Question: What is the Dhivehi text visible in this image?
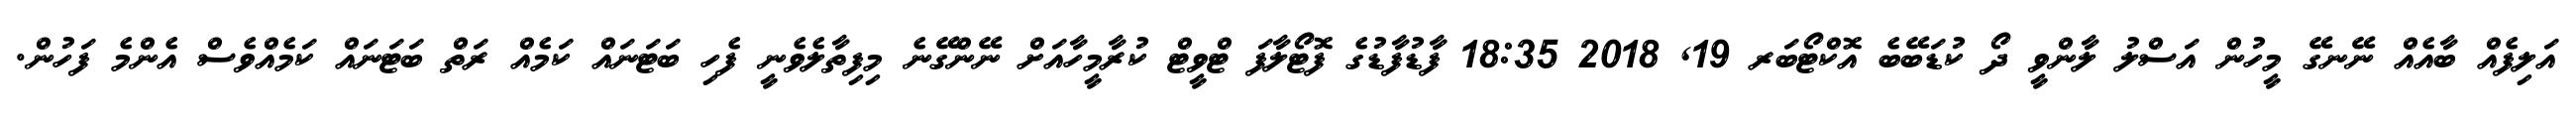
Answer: އަލިފެއް ބާއެއް ނޭނގޭ މީހުން އަސްލު ލާންވީ ދޯ ކުޑަބޭބެ އޮކްޓޯބަރ 19, 2018 18:35 ފާޑުފާޑުގެ ފޮޓޯލާފަ ޓްވީޓް ކުރާމީހާއަށް ނޭންގޭނެ މިފިތާލެވެނީ ފެހި ބަޓަނައް ކަމެއް ރަތް ބަޓަނައް ކަމެއްވެސް އެންމެ ފަހުން.